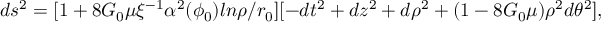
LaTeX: d s ^ { 2 } = [ 1 + 8 G _ { 0 } \mu \xi ^ { - 1 } \alpha ^ { 2 } ( \phi _ { 0 } ) l n \rho / r _ { 0 } ] [ - d t ^ { 2 } + d z ^ { 2 } + d \rho ^ { 2 } + ( 1 - 8 G _ { 0 } \mu ) \rho ^ { 2 } d \theta ^ { 2 } ] ,